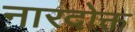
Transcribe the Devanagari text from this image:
नारदोक्त